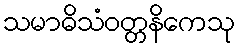
သမာဓိသံဝတ္တနိကေသု